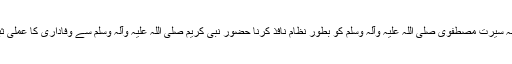
اور بلا شبہ سیرت مصطفوی صلی اللہ علیہ وآلہ وسلم کو بطور نظام نافذ کرنا حضور نبی کریم صلی اللہ علیہ وآلہ وسلم سے وفاداری کا عملی ثبوت ہوگا۔